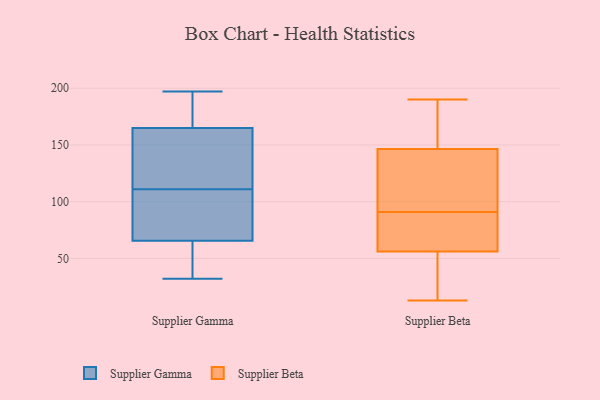
{"axis": {"x": "Page Views", "y": "Value"}, "legend": ["Supplier Beta", "Supplier Gamma"], "data": [{"x": "", "y": 197, "type": "Supplier Gamma"}, {"x": "", "y": 138, "type": "Supplier Gamma"}, {"x": "", "y": 167, "type": "Supplier Gamma"}, {"x": "", "y": 165, "type": "Supplier Gamma"}, {"x": "", "y": 37, "type": "Supplier Gamma"}, {"x": "", "y": 110, "type": "Supplier Gamma"}, {"x": "", "y": 165, "type": "Supplier Gamma"}, {"x": "", "y": 98, "type": "Supplier Gamma"}, {"x": "", "y": 67, "type": "Supplier Gamma"}, {"x": "", "y": 153, "type": "Supplier Gamma"}, {"x": "", "y": 64, "type": "Supplier Gamma"}, {"x": "", "y": 179, "type": "Supplier Gamma"}, {"x": "", "y": 112, "type": "Supplier Gamma"}, {"x": "", "y": 58, "type": "Supplier Gamma"}, {"x": "", "y": 32, "type": "Supplier Gamma"}, {"x": "", "y": 85, "type": "Supplier Gamma"}, {"x": "", "y": 153, "type": "Supplier Beta"}, {"x": "", "y": 174, "type": "Supplier Beta"}, {"x": "", "y": 77, "type": "Supplier Beta"}, {"x": "", "y": 13, "type": "Supplier Beta"}, {"x": "", "y": 171, "type": "Supplier Beta"}, {"x": "", "y": 80, "type": "Supplier Beta"}, {"x": "", "y": 190, "type": "Supplier Beta"}, {"x": "", "y": 140, "type": "Supplier Beta"}, {"x": "", "y": 122, "type": "Supplier Beta"}, {"x": "", "y": 42, "type": "Supplier Beta"}, {"x": "", "y": 97, "type": "Supplier Beta"}, {"x": "", "y": 99, "type": "Supplier Beta"}, {"x": "", "y": 14, "type": "Supplier Beta"}, {"x": "", "y": 30, "type": "Supplier Beta"}, {"x": "", "y": 85, "type": "Supplier Beta"}, {"x": "", "y": 79, "type": "Supplier Beta"}, {"x": "", "y": 58, "type": "Supplier Beta"}, {"x": "", "y": 166, "type": "Supplier Beta"}, {"x": "", "y": 104, "type": "Supplier Beta"}, {"x": "", "y": 54, "type": "Supplier Beta"}]}